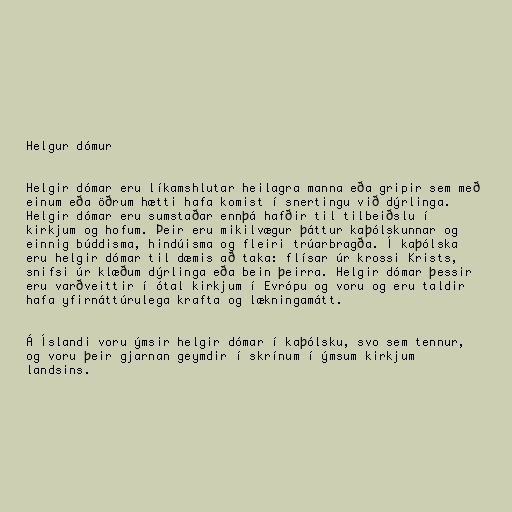
Helgur dómur

Helgir dómar eru líkamshlutar heilagra manna eða gripir sem með
einum eða öðrum hætti hafa komist í snertingu við dýrlinga.
Helgir dómar eru sumstaðar ennþá hafðir til tilbeiðslu í
kirkjum og hofum. Þeir eru mikilvægur þáttur kaþólskunnar og
einnig búddisma, hindúisma og fleiri trúarbragða. Í kaþólska
eru helgir dómar til dæmis að taka: flísar úr krossi Krists,
snifsi úr klæðum dýrlinga eða bein þeirra. Helgir dómar þessir
eru varðveittir í ótal kirkjum í Evrópu og voru og eru taldir
hafa yfirnáttúrulega krafta og lækningamátt.

Á Íslandi voru ýmsir helgir dómar í kaþólsku, svo sem tennur,
og voru þeir gjarnan geymdir í skrínum í ýmsum kirkjum
landsins.